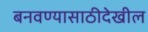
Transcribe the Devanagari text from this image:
बनवण्यासाठीदेखील